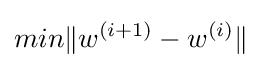
min\|w^{(i+1)}-w^{(i)}\|